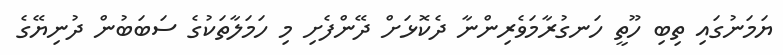
ޔަމަނުގައި ތިބި ހޫތީ ހަނގުރާމަވެރިންނާ ދެކޮޅަށް ދޭންފެށި މި ހަމަލާތަކުގެ ސަބަބުން ދުނިޔޭގެ